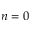
n = 0